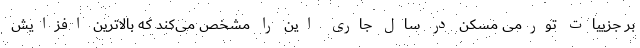
بر جزییات تورمی مسکن در سال جاری این را مشخص می‌کند که بالاترین افزایش